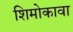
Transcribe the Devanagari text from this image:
शिमोकावा